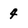
Character: 4